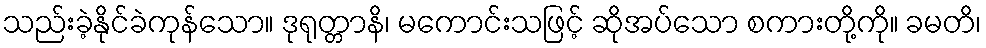
သည်းခဲ့နိုင်ခဲကုန်သော။ ဒုရုတ္တာနိ၊ မကောင်းသဖြင့် ဆိုအပ်သော စကားတို့ကို။ ခမတိ၊